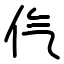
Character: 㐹